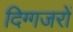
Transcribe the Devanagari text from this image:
दिग्गजरों